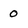
Character: 0